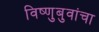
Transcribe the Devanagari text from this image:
विष्णुबुवांचा